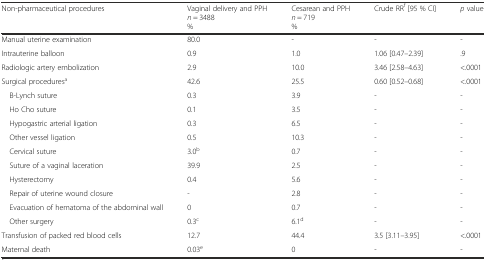
<table><thead><tr><td><b>Non-pharmaceutical procedures</b></td><td><b>Vaginal delivery and PPH<i>n</i> = 3488%</b></td><td><b>Cesarean and PPH<i>n</i> = 719%</b></td><td><b>Crude RR<sup>f</sup> [95 % CI]</b></td><td><b><i>p</i> value</b></td></tr></thead><tbody><tr><td>Manual uterine examination</td><td>80.0</td><td>-</td><td>-</td><td>-</td></tr><tr><td>Intrauterine balloon</td><td>0.9</td><td>1.0</td><td>1.06 [0.47–2.39]</td><td>.9</td></tr><tr><td>Radiologic artery embolization</td><td>2.9</td><td>10.0</td><td>3.46 [2.58–4.63]</td><td>&lt;.0001</td></tr><tr><td>Surgical procedures<sup>a</sup></td><td>42.6</td><td>25.5</td><td>0.60 [0.52–0.68]</td><td>&lt;.0001</td></tr><tr><td> B-Lynch suture</td><td>0.3</td><td>3.9</td><td>-</td><td>-</td></tr><tr><td> Ho Cho suture</td><td>0.1</td><td>3.5</td><td>-</td><td>-</td></tr><tr><td> Hypogastric arterial ligation</td><td>0.3</td><td>6.5</td><td>-</td><td>-</td></tr><tr><td> Other vessel ligation</td><td>0.5</td><td>10.3</td><td>-</td><td>-</td></tr><tr><td> Cervical suture</td><td>3.0<sup>b</sup></td><td>0.7</td><td>-</td><td>-</td></tr><tr><td> Suture of a vaginal laceration</td><td>39.9</td><td>2.5</td><td>-</td><td>-</td></tr><tr><td> Hysterectomy</td><td>0.4</td><td>5.6</td><td>-</td><td>-</td></tr><tr><td> Repair of uterine wound closure</td><td>-</td><td>2.8</td><td>-</td><td>-</td></tr><tr><td> Evacuation of hematoma of the abdominal wall</td><td>0</td><td>0.7</td><td>-</td><td>-</td></tr><tr><td> Other surgery</td><td>0.3<sup>c</sup></td><td>6.1<sup>d</sup></td><td>-</td><td>-</td></tr><tr><td>Transfusion of packed red blood cells</td><td>12.7</td><td>44.4</td><td>3.5 [3.11–3.95]</td><td>&lt;.0001</td></tr><tr><td>Maternal death</td><td>0.03<sup>e</sup></td><td>0</td><td>-</td><td>-</td></tr></tbody></table>